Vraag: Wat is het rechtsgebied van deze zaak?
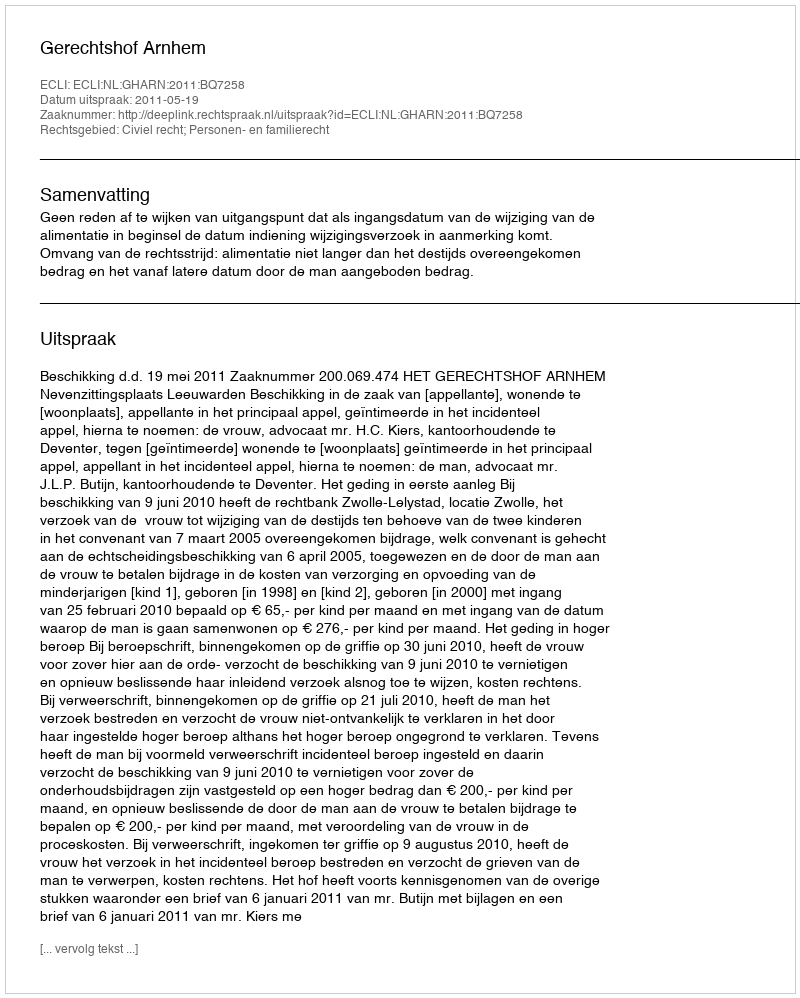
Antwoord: Civiel recht; Personen- en familierecht